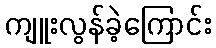
ကျူးလွန်ခဲ့ကြောင်း